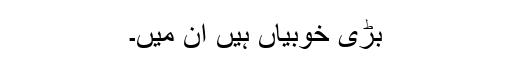
بڑی خوبیاں ہیں ان میں۔